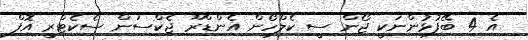
އެ 4 ބޭފުޅުންނަކީ ޖޯން ސީ ކެލްހޯން އެންޑްރޫ ޖެކްސަން ސެކެޓްރީ އޮފް